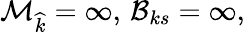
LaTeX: \mathcal{M}_{\widehat{k}}=\infty,\, \mathcal{B}_{ks}=\infty,